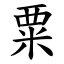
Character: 粟